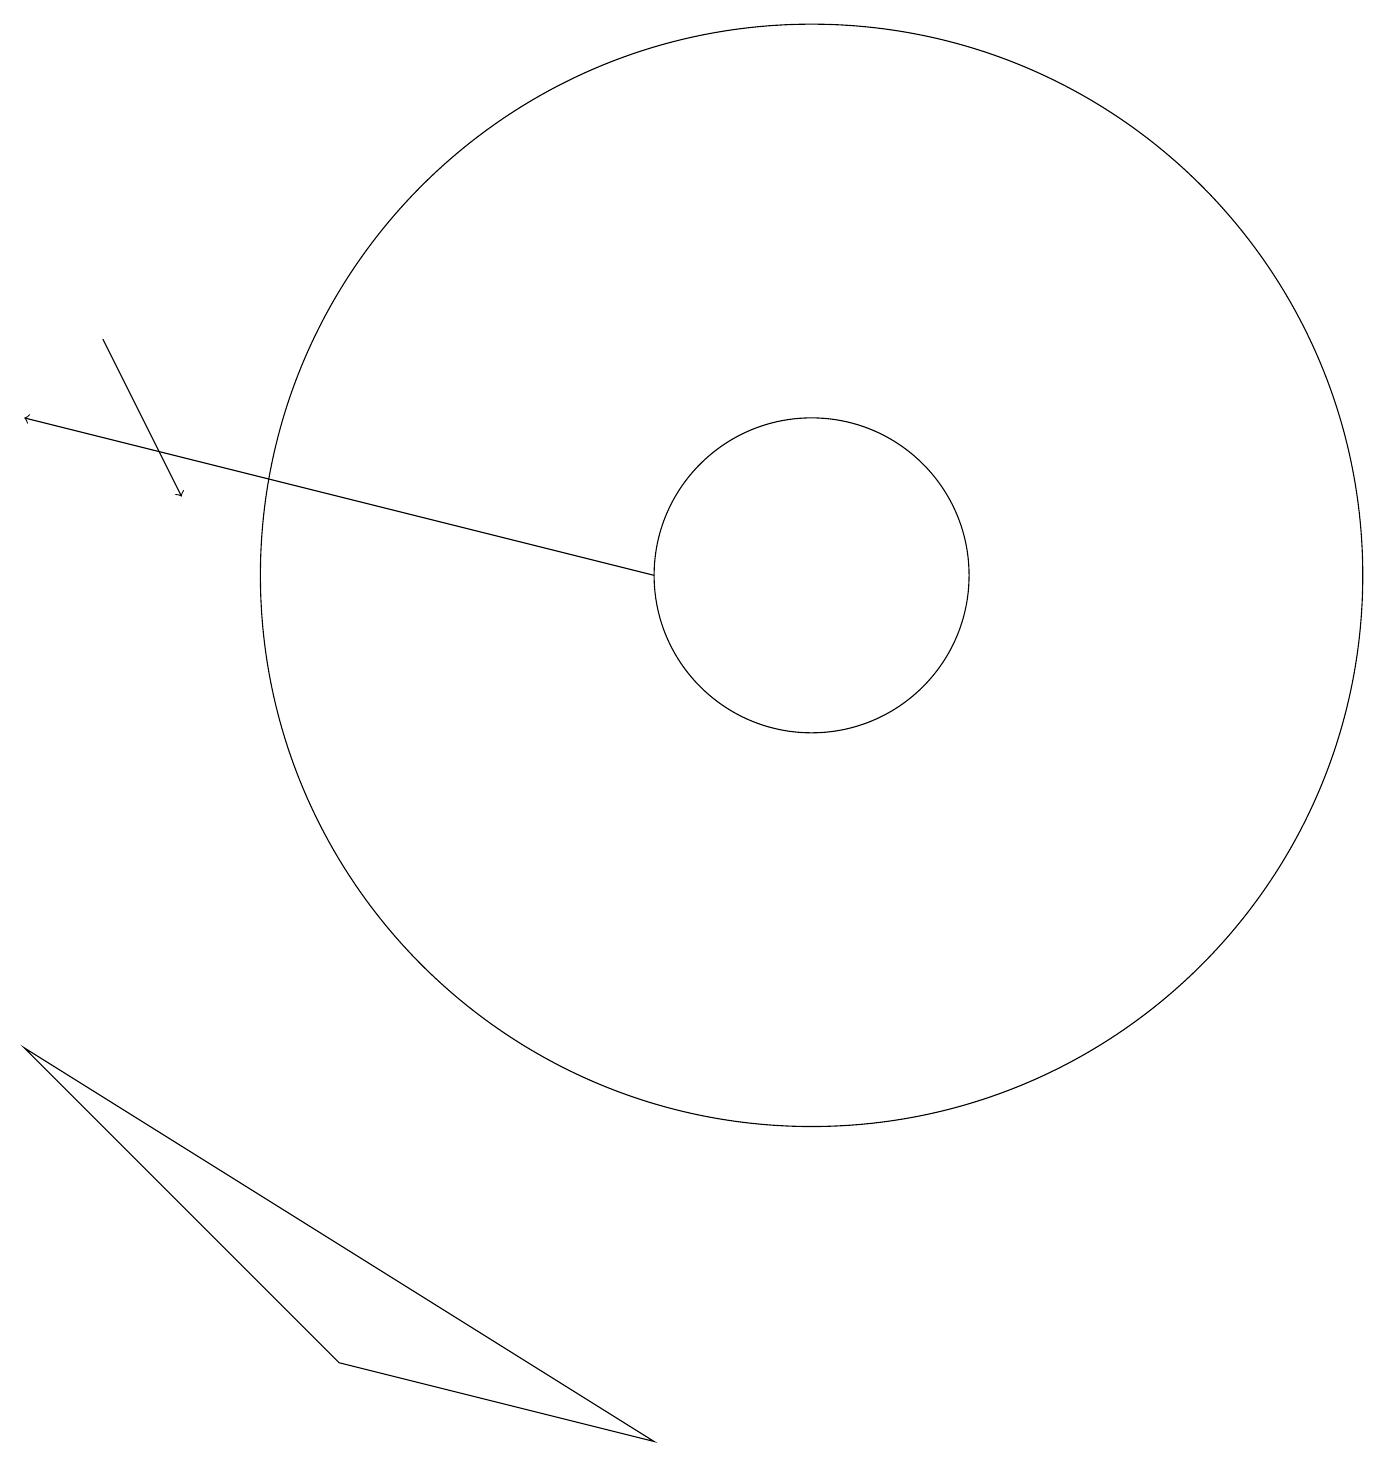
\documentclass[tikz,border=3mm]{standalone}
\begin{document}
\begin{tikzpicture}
\draw[->] (2,14) -- (3,12);
\draw (11,11) circle (2);
\draw (10,11) circle (0);
\draw[->] (9,11) -- (1,13);
\draw (1,5) -- (9,0) -- (5,1) -- cycle;
\draw (11,11) circle (7);
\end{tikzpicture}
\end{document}